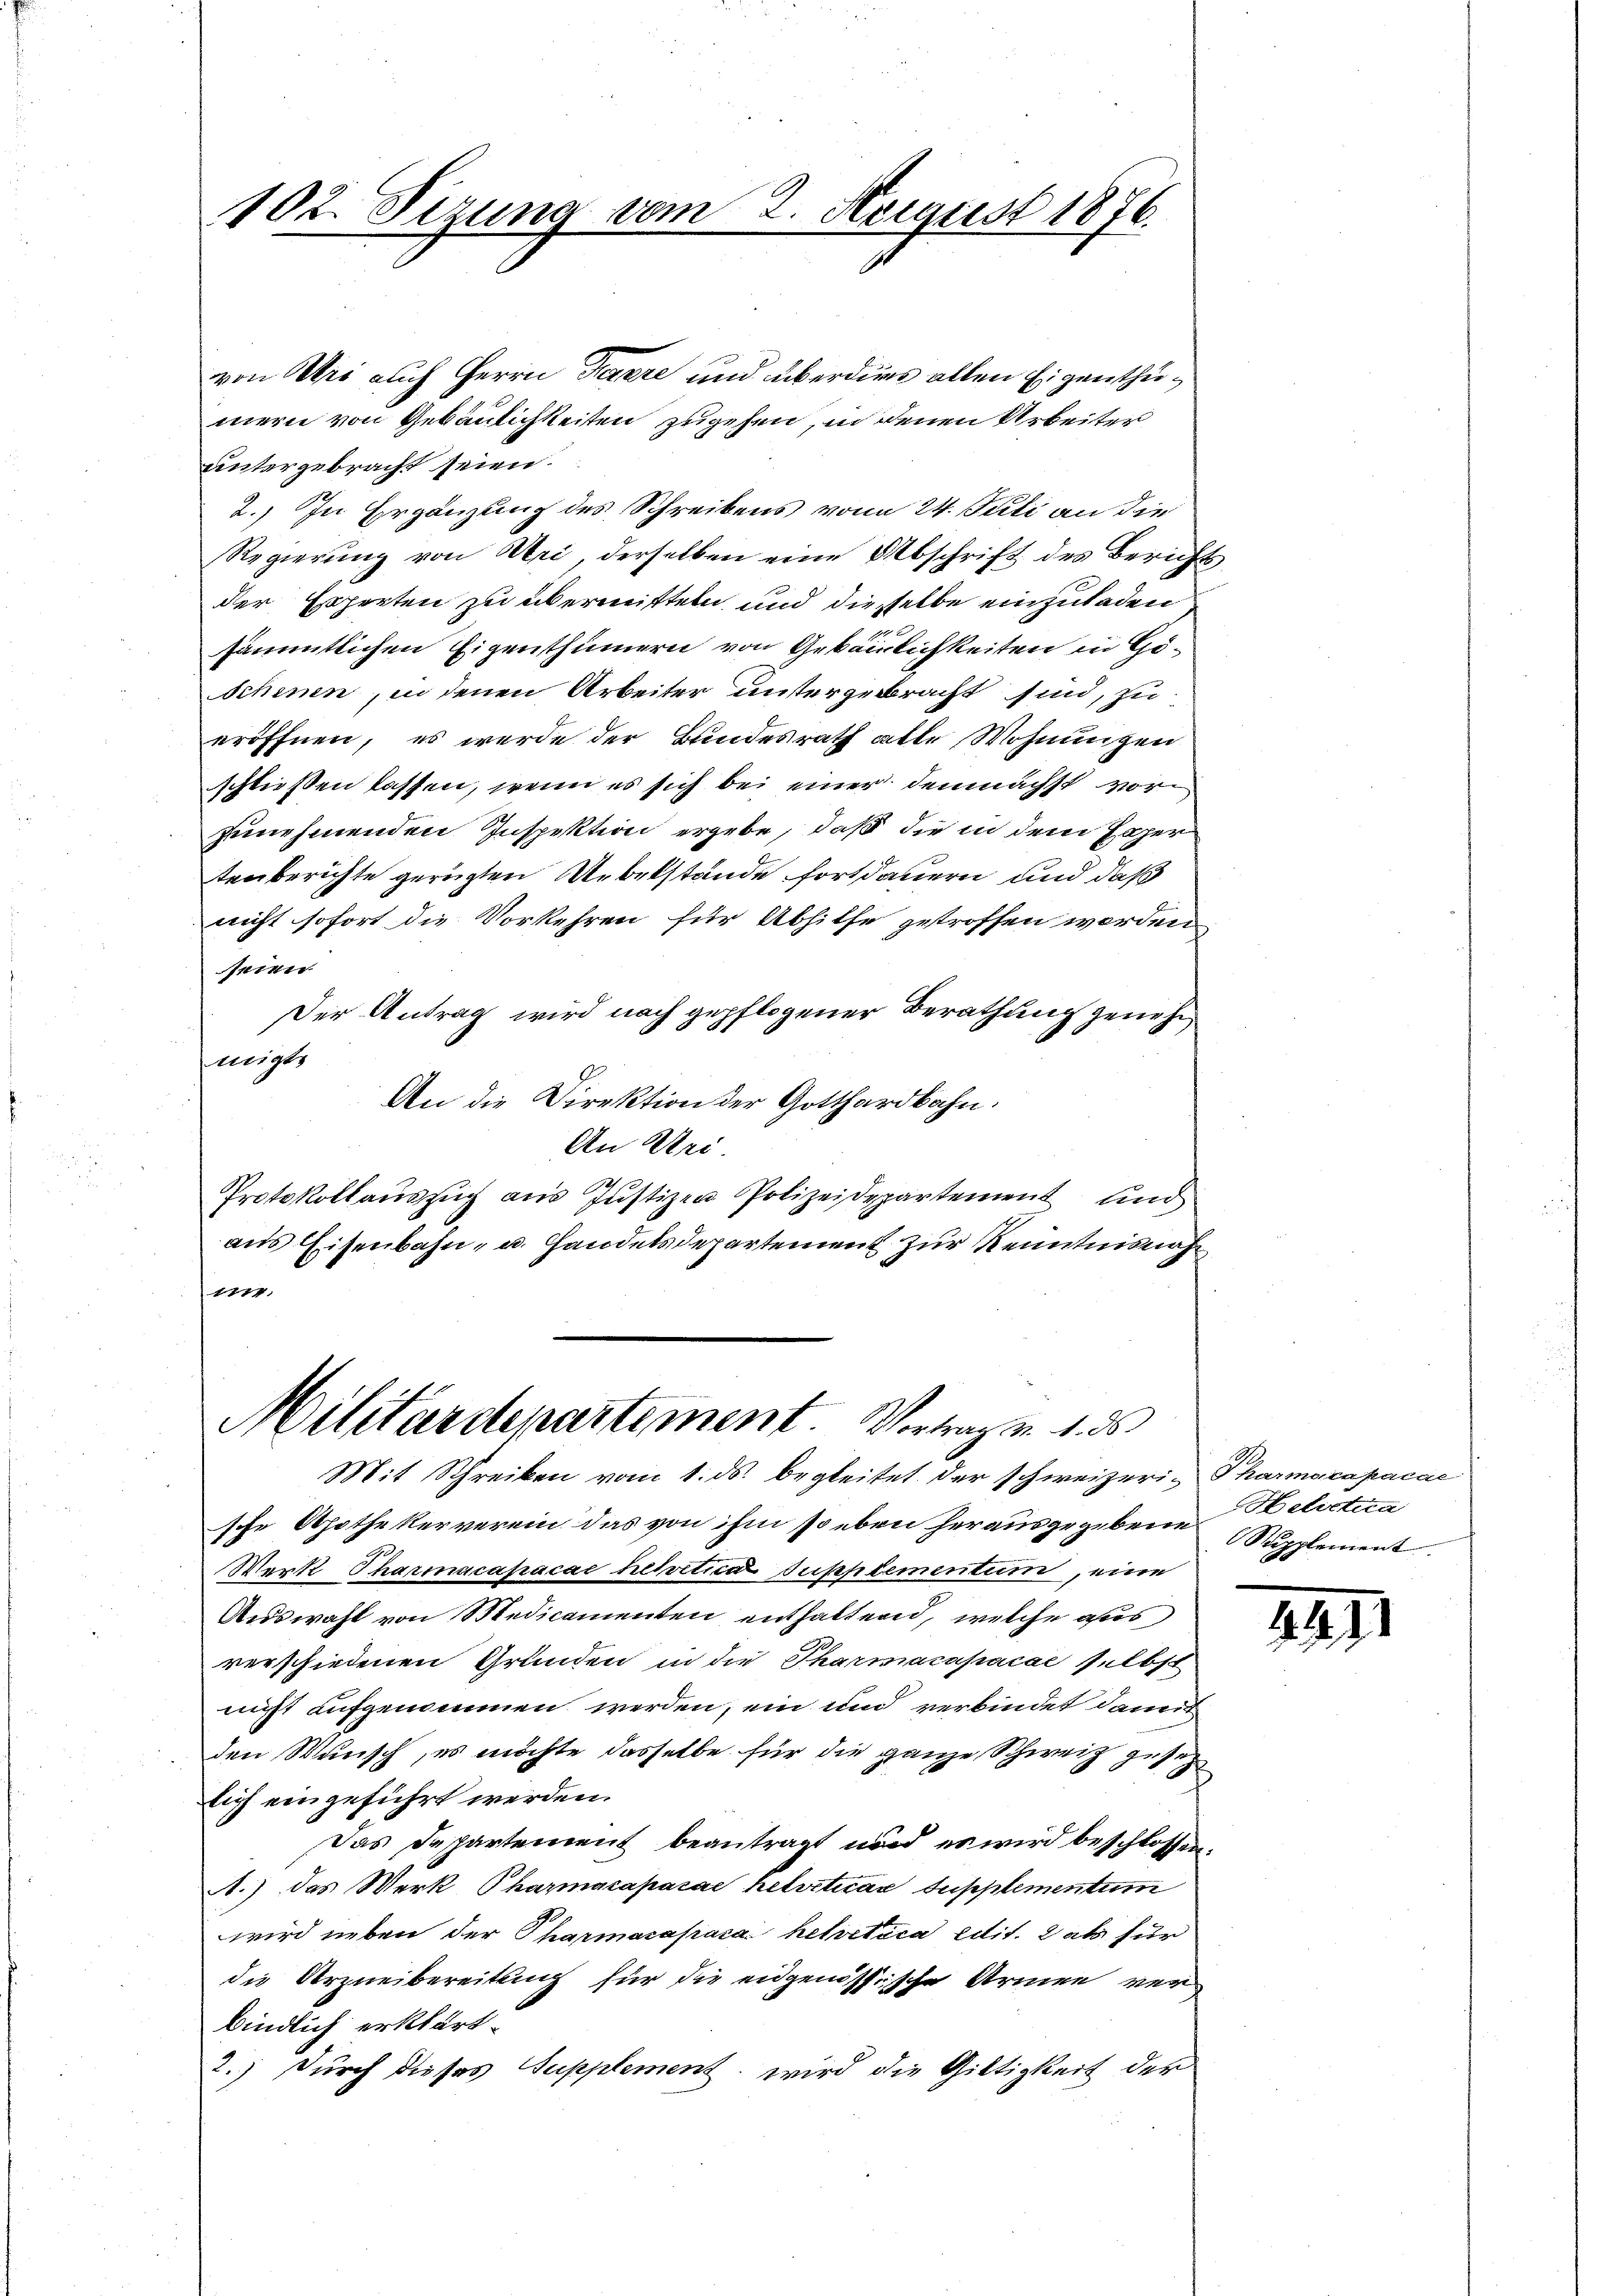
102. Sizung vom 2. August 1876.

Militärdepartement. Vortrag v. 1. ds.
Mit Schreiben vom 1. ds. begleitet. Der schweizeri- Pharmacapacae

von Uri auch Herrn Paare und überdies allen Eigenthumern von Gebäulichkeiten zugehen, in denen Arbeiter
untergebracht seien.
2.) In Ergänzung des Schreibens von 24. Juli an die
Regierung von Uri, derselben eine Abschrift des Berichts
der Experten zu übermitteln und dieselbe einzuladen
sämmtlichen Eigenthümern von Gebäulichkeiten in Göschenen, in denen Arbeiter unsergebracht sind, zu
eröffnen, es werde der Bundesrath alle Wohnungen
schließen lassen, wenn es sich bei einer demnächst vorzunehmenden Inspektion ergebe, daß die in dem Zaper
tenberichte geregten Uebelstände fortdauern und daß
nicht sofort die Vorkehren für Abhilfe getroffen worden.
seien
Der Antrag wird nach gepflogener Berathung genehmigte
An die Direktion der Gotthardbahn.
An Uri.
410.
Protokollaŭszŭg aŭs Justizen Polizeidepartement und
aus Eisenbahn- u. Handelsdepartement zur Kenntnisnah
177,

sche Apothekerverein das von ihm so eben herausgegebene Supplement
Merk Tharmacapacae helvetica Supplementum, eine
Auswahl von Medicamenten enthaltend, welche aus
verschiedenen Gründen in die Tharmacapacae selbst
nicht aufgenommen werden, ein und verbindet damit
den Wunsch, es möchte dasselbe für die ganze Schweiz gesezlich eingeführt werden.
Das Departement beantragt und es wird beschlossen.
A.) das Merk Pharmazapasae helveticar Supplementum
wird neben der Pharmacafraca helvetica edit. als für
die Urzneibereitung für die eidgenössische Armen verbindlich erklärt.
2.) Durch dieses Supplement, wird die Giltigkeit der

Helictua

2211